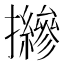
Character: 𢹨